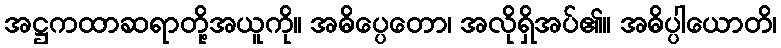
အဋ္ဌကထာဆရာတို့အယူကို။ အဓိပ္ပေတော၊ အလိုရှိအပ်၏။ အဓိပ္ပါယောတိ၊